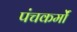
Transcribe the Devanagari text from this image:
पंचकर्मों